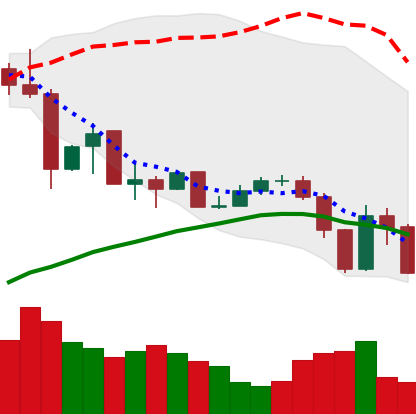
Ticker: XLM-USD
Chart end date: 2019-07-14
Forward return: 8.718%
Label: up_7plus